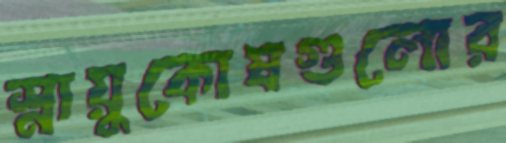
স্নায়ুকোষগুলোর